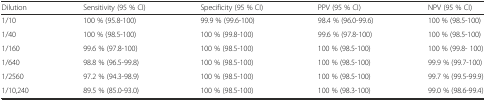
<table><thead><tr><td><b>Dilution</b></td><td><b>Sensitivity (95 % CI)</b></td><td><b>Specificity (95 % CI)</b></td><td><b>PPV (95 % CI)</b></td><td><b>NPV (95 % CI)</b></td></tr></thead><tbody><tr><td>1/10</td><td>100 % (95.8-100)</td><td>99.9 % (99.6-100)</td><td>98.4 % (96.0-99.6)</td><td>100 % (98.5-100)</td></tr><tr><td>1/40</td><td>100 % (98.5-100)</td><td>100 % (99.8-100)</td><td>99.6 % (97.8-100)</td><td>100 % (98.5-100)</td></tr><tr><td>1/160</td><td>99.6 % (97.8-100)</td><td>100 % (98.5-100)</td><td>100 % (98.5-100)</td><td>100 % (99.8- 100)</td></tr><tr><td>1/640</td><td>98.8 % (96.5-99.8)</td><td>100 % (98.5-100)</td><td>100 % (98.5-100)</td><td>99.9 % (99.7-100)</td></tr><tr><td>1/2560</td><td>97.2 % (94.3-98.9)</td><td>100 % (98.5-100)</td><td>100 % (98.5-100)</td><td>99.7 % (99.5-99.9)</td></tr><tr><td>1/10,240</td><td>89.5 % (85.0-93.0)</td><td>100 % (98.5-100)</td><td>100 % (98.3-100)</td><td>99.0 % (98.6-99.4)</td></tr></tbody></table>